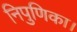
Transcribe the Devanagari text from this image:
निपुणिका।